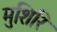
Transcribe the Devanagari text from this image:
मुशिरि